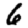
Digit: 6